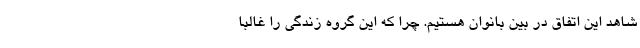
شاهد این اتفاق در بین بانوان هستیم. چرا که این گروه زندگی را غالبا